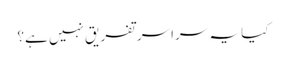
کیا یہ سراسر تفریق نہیں ہے؟